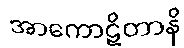
အာကောဋိတာနိ